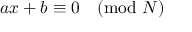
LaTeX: a x + b \equiv 0 { \pmod { N } }